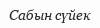
Сабын сүйек